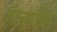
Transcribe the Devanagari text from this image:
हंलाकि